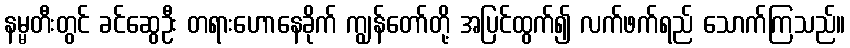
နမ္မတီးတွင် ခင်ဆွေဦး တရားဟောနေခိုက် ကျွန်တော်တို့ အပြင်ထွက်၍ လက်ဖက်ရည် သောက်ကြသည်။